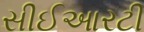
સીઈઆરટી